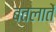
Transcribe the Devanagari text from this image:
बतलातें